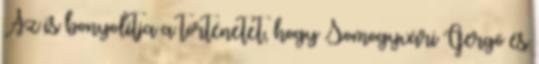
Az is bonyolítja a történetet, hogy Somogyvári Gergő és